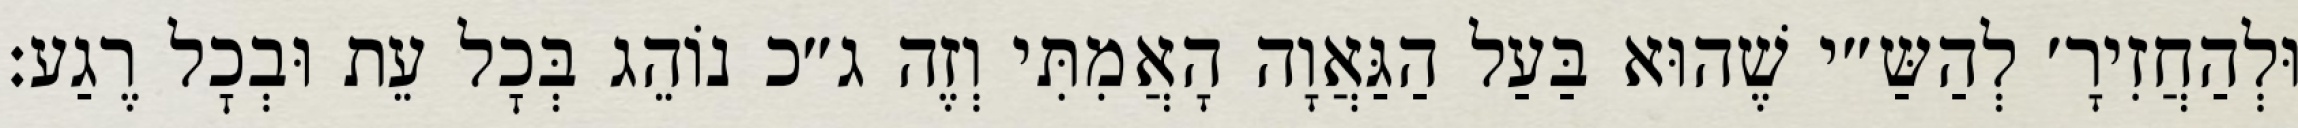
וּלְהַחֲזִירָ׳ לְהַשַּ״י שֶׁהוּא בַּעַל הַגַּאֲוָה הָאֲמִתִּי וְזֶה ג״כ נוֹהֵג בְּכׇל עֵת וּבְכׇל רֶגַע: